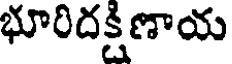
భూరిదక్షిణాయ